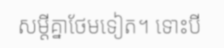
សម្តីគ្នាថែមទៀត។ ទោះបី